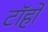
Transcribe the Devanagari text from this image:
टॉहो